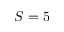
S = 5